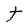
Character: t